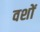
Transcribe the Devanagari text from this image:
वशों